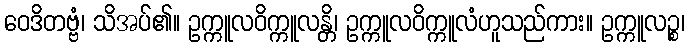
ဝေဒိတဗ္ဗံ၊ သိအပ်၏။ ဥက္ကူလဝိက္ကူလန္တိ၊ ဥက္ကူလဝိက္ကူလံဟူသည်ကား။ ဥက္ကူလဉ္စ၊